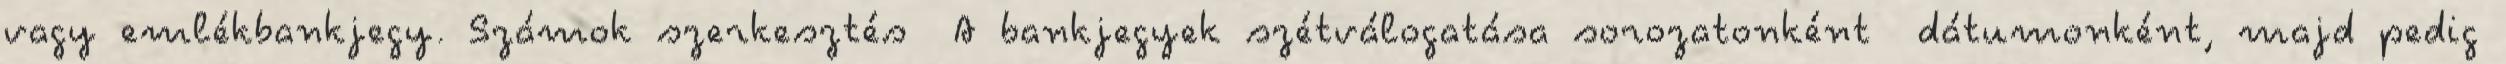
vagy emlékbankjegy. Számok szerkesztés A bankjegyek szétválogatása sorozatonként dátumonként, majd pedig